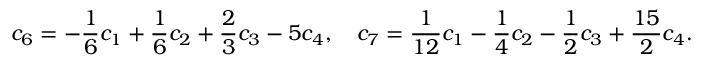
c _ { 6 } = - \frac { 1 } { 6 } c _ { 1 } + \frac { 1 } { 6 } c _ { 2 } + \frac { 2 } { 3 } c _ { 3 } - 5 c _ { 4 } , \quad c _ { 7 } = \frac { 1 } { 1 2 } c _ { 1 } - \frac { 1 } { 4 } c _ { 2 } - \frac { 1 } { 2 } c _ { 3 } + \frac { 1 5 } { 2 } c _ { 4 } .